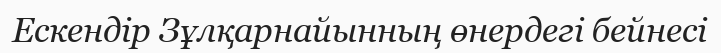
Ескендір Зұлқарнайынның өнердегі бейнесі